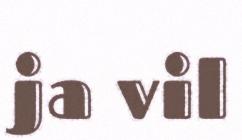
ja vil